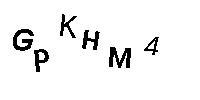
GPKHM4